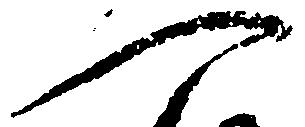
へ